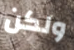
ولكن